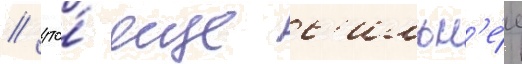
/ что́ еще с'ильн'е́е